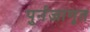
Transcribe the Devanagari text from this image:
पुर्नजागृत